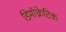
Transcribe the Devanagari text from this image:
डिमॉक्रेटिक